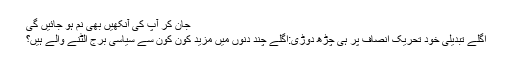
جان کر آپ کی آنکھیں بھی نم ہو جائیں گی
اگلے تبدیلی خود تحریک انصاف پر ہی چڑھ دوڑی:اگلے چند دنوں میں مزید کون کون سے سیاسی بُرج الٹنے والے ہیں؟